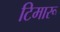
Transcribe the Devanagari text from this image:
टिमारू